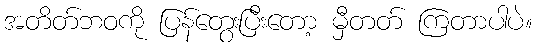
အတိတ်ဘဝကို ပြန်တွေးပြီးတော့ မှီတတ် ကြတာပါပဲ။